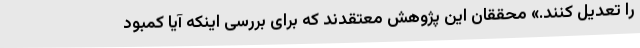
را تعدیل کنند.» محققان این پژوهش معتقدند که برای بررسی اینکه آیا کمبود